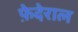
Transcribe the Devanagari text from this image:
फ़ेदेराल